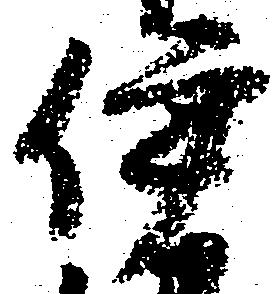
伊